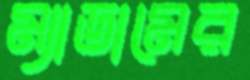
ম্যাডামের